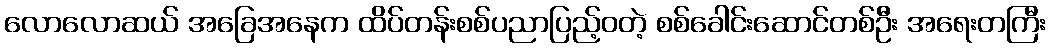
လောလောဆယ် အခြေအနေက ထိပ်တန်းစစ်ပညာပြည့်ဝတဲ့ စစ်ခေါင်းဆောင်တစ်ဦး အရေးတကြီး